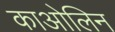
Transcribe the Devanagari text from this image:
काओलिन